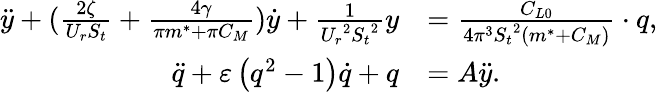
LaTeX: \begin{array}{rl}{\ddot{y}+(\frac{{2\zeta}}{{{U_{r}}{S_{t}}}}+\frac{{4\gamma}}{{\pi{m^{*}}+\pi{C_{M}}}})\dot{y}+\frac{1}{{{U_{r}}^{2}{S_{t}}^{2}}}y}&{=\frac{{{C_{L0}}}}{{4{\pi^{3}}{S_{t}}^{2}({m^{*}}+{C_{M}})}}\cdot q,}\\ {\ddot{q}+\varepsilon\left({{q^{2}}-1}\right)\dot{q}+q}&{={A}\ddot{y}.}\end{array}